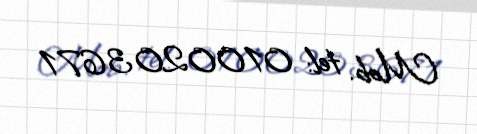
Mob. tel: 0100203671